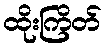
ထိုးကြိတ်